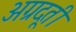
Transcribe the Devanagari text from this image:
अग्रदूती